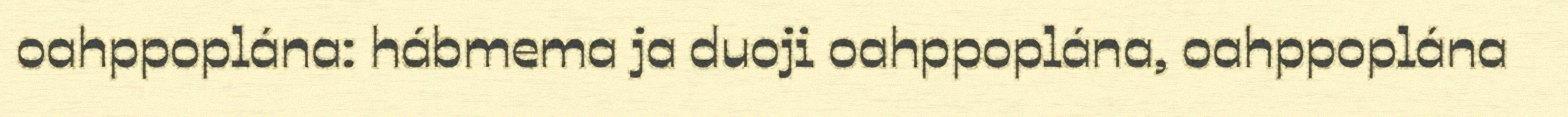
oahppoplána: hábmema ja duoji oahppoplána, oahppoplána